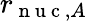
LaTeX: r_{\mathrm{~n~u~c~},A}